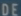
DEOF